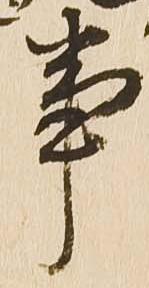
事